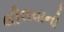
લીલવાનો